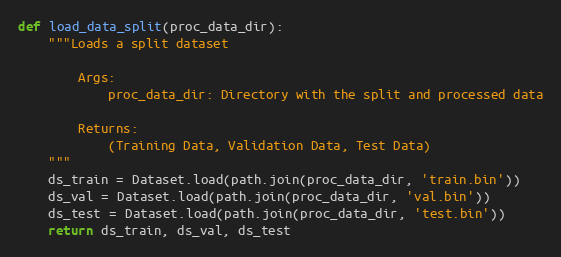
Language: Python
def load_data_split(proc_data_dir):
    """Loads a split dataset

        Args:
            proc_data_dir: Directory with the split and processed data

        Returns:
            (Training Data, Validation Data, Test Data)
    """
    ds_train = Dataset.load(path.join(proc_data_dir, 'train.bin'))
    ds_val = Dataset.load(path.join(proc_data_dir, 'val.bin'))
    ds_test = Dataset.load(path.join(proc_data_dir, 'test.bin'))
    return ds_train, ds_val, ds_test